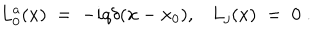
LaTeX: L _ { 0 } ^ { a } ( x ) \; = \; - i q \delta ( { \mathbf x } - { \mathbf x } _ { 0 } ) , L _ { j } ( x ) \; = \; 0 \; .